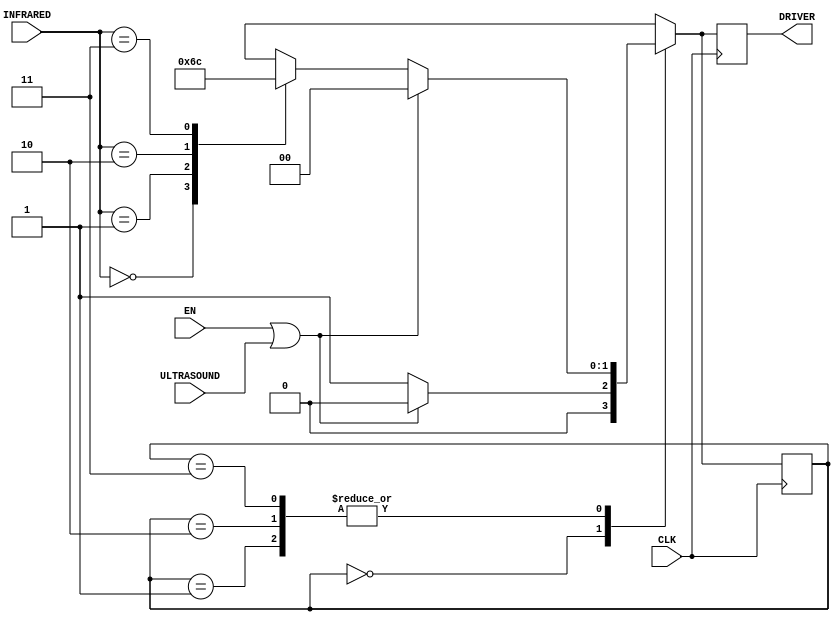
module drive(CLK,EN,INFRARED,ULTRASOUND,DRIVER);
input CLK;                       //20ms
input EN;                        //
input [1:0] INFRARED;            //
input ULTRASOUND;                //
output reg [1:0] DRIVER;         //

parameter stop=2'b00, forward=2'b01, left=2'b10, right=2'b11;
reg [1:0] state=stop;

always @(posedge CLK)
begin 
    case(state)
	 stop : begin 
	              if(EN==1|ULTRASOUND==1)
	              begin 
					      DRIVER<=0;
					      state<=stop;
					  end
					  else
					  begin 
                     DRIVER<=1;
							state<=forward;
					  end
			   end
	  forward : begin 
	              if(EN==1|ULTRASOUND==1)
	              begin 
					      DRIVER<=0;
					      state<=stop;
					  end
					  else
					  begin 
					      case(INFRARED)
							2'b00:begin DRIVER<=1; state<=forward; end
							2'b01:begin DRIVER<=2; state<=left; end
							2'b10:begin DRIVER<=3; state<=right; end
							2'b11:begin DRIVER<=0; state<=stop; end
							endcase
					  end
					end
		left : begin 
		           if(EN==1|ULTRASOUND==1)
	              begin 
					      DRIVER<=0;
					      state<=stop;
					  end
					  else
					  begin 
					      case(INFRARED)
							2'b00:begin DRIVER<=1; state<=forward; end
							2'b01:begin DRIVER<=2; state<=left; end
							2'b10:begin DRIVER<=3; state<=right; end
							2'b11:begin DRIVER<=0; state<=stop; end
							endcase
					  end
				  end
		right : begin 
		           if(EN==1|ULTRASOUND==1)
	              begin 
					      DRIVER<=0;
					      state<=stop;
					  end
					  else
					  begin 
					      case(INFRARED)
							2'b00:begin DRIVER<=1; state<=forward; end
							2'b01:begin DRIVER<=2; state<=left; end
							2'b10:begin DRIVER<=3; state<=right; end
							2'b11:begin DRIVER<=0; state<=stop; end
							endcase
					  end
				  end
		endcase
end

endmodule